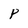
Character: P